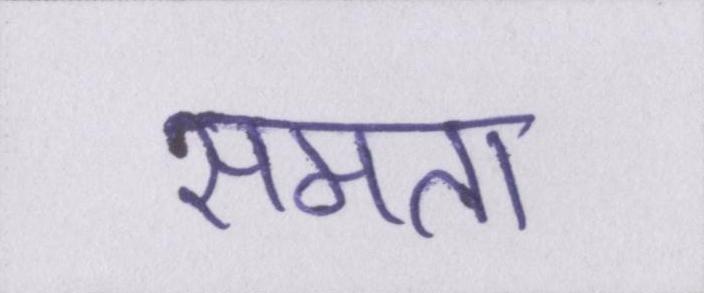
समता